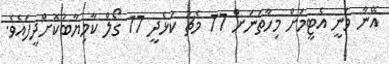
އޭނާ ވަނީ އެޓީމަށް މިހާތަނަށް 77 މެޗު ކުޅެދީ 17 ގޯލް ކާމިޔާބުކޮށްދީފައެވެ.